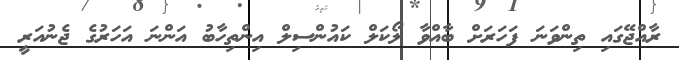
ރާއްޖޭގައި ތިންވަނަ ފަހަރަށް ބާއްވާ ލޯކަލް ކައުންސިލް އިންތިހާބު އަންނަ އަހަރުގެ ޖެނުއަރީ